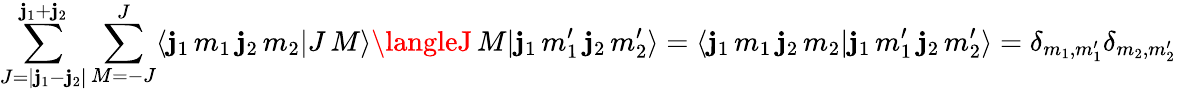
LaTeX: \sum_{J=|\mathbf{j}_{1}-\mathbf{j}_{2}|}^{\mathbf{j}_{1}+\mathbf{j}_{2}}\sum_{M=-J}^{J}\langle\mathbf{j}_{1}\, m_{1}\, \mathbf{j}_{2}\, m_{2}|J\, M\rangle\langleJ\, M|\mathbf{j}_{1}\, m_{1}^{\prime}\, \mathbf{j}_{2}\, m_{2}^{\prime}\rangle=\langle\mathbf{j}_{1}\, m_{1}\, \mathbf{j}_{2}\, m_{2}|\mathbf{j}_{1}\, m_{1}^{\prime}\, \mathbf{j}_{2}\, m_{2}^{\prime}\rangle=\delta_{m_{1},m_{1}^{\prime}}\delta_{m_{2},m_{2}^{\prime}}